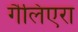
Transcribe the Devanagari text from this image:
गैलिएरा